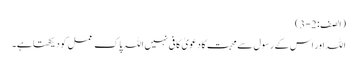
(الصف : 2-3)
اللہ اور اس کے رسول سے محبت کا دعویٰ کافی نہیں اللہ پاک عمل کو دیکھتا ہے۔